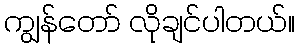
ကျွန်တော် လိုချင်ပါတယ်။